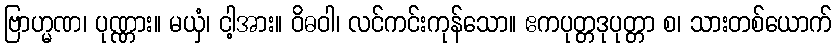
ဗြာဟ္မဏ၊ ပုဏ္ဏား။ မယှံ၊ ငါ့အား။ ဝိဓဝါ၊ လင်ကင်းကုန်သော။ ဧကပုတ္တဒုပုတ္တာ စ၊ သားတစ်ယောက်